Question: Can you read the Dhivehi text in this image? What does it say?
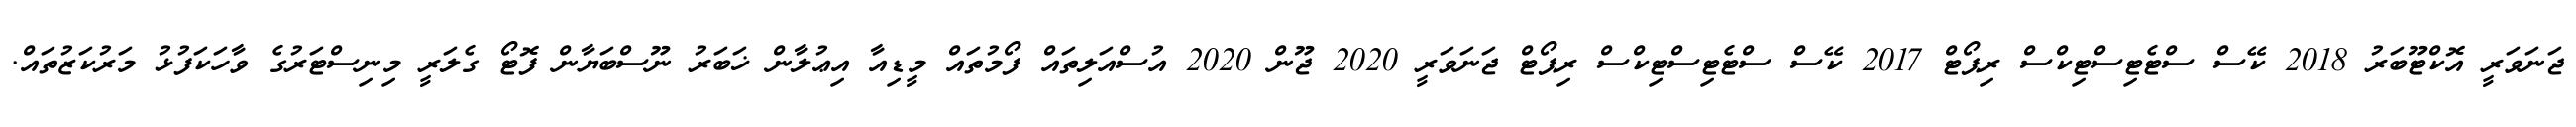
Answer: ޖަނަވަރީ އޮކްޓޫބަރު 2018 ކޭސް ސްޓެޓިސްޓިކްސް ރިޕޯޓް 2017 ކޭސް ސްޓެޓިސްޓިކްސް ރިޕޯޓް ޖަނަވަރީ 2020 ޖޫން 2020 އުސްއަލިތައް ފޯމުތައް މީޑިއާ އިޢުލާން ޚަބަރު ނޫސްބަޔާން ފޮޓޯ ގެލަރީ މިނިސްޓަރުގެ ވާހަކަފުޅު މަރުކަޒުތައް.